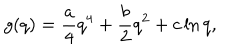
g ( q ) = \frac { a } { 4 } q ^ { 4 } + \frac { b } { 2 } q ^ { 2 } + c \ln { q } ,